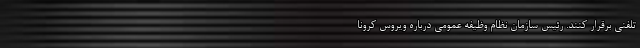
تلفنی برقرار کنند. رئیس سازمان نظام وظیفه عمومی درباره ویروس کرونا